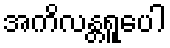
အကိလန္တရူပေါ